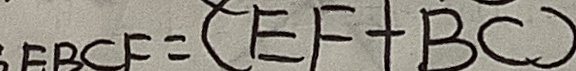
E B C F = ( E F + B C )